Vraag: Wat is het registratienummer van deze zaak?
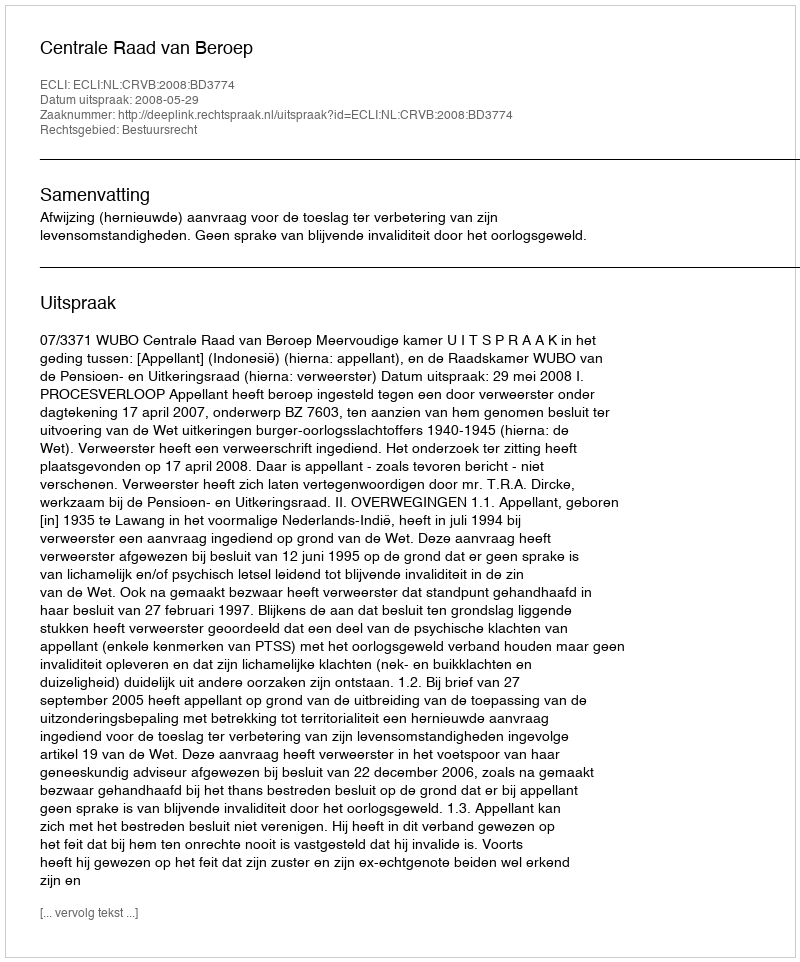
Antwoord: http://deeplink.rechtspraak.nl/uitspraak?id=ECLI:NL:CRVB:2008:BD3774